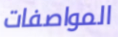
المواصفات